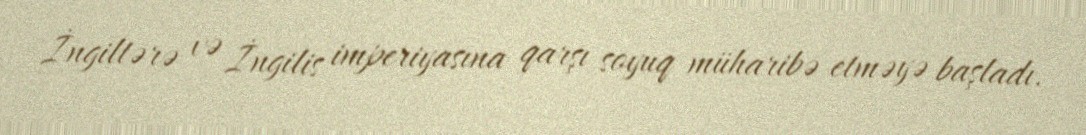
İngiltərə və İngilis imperiyasına qarşı soyuq müharibə etməyə başladı.